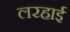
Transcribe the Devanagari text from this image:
लरहाई